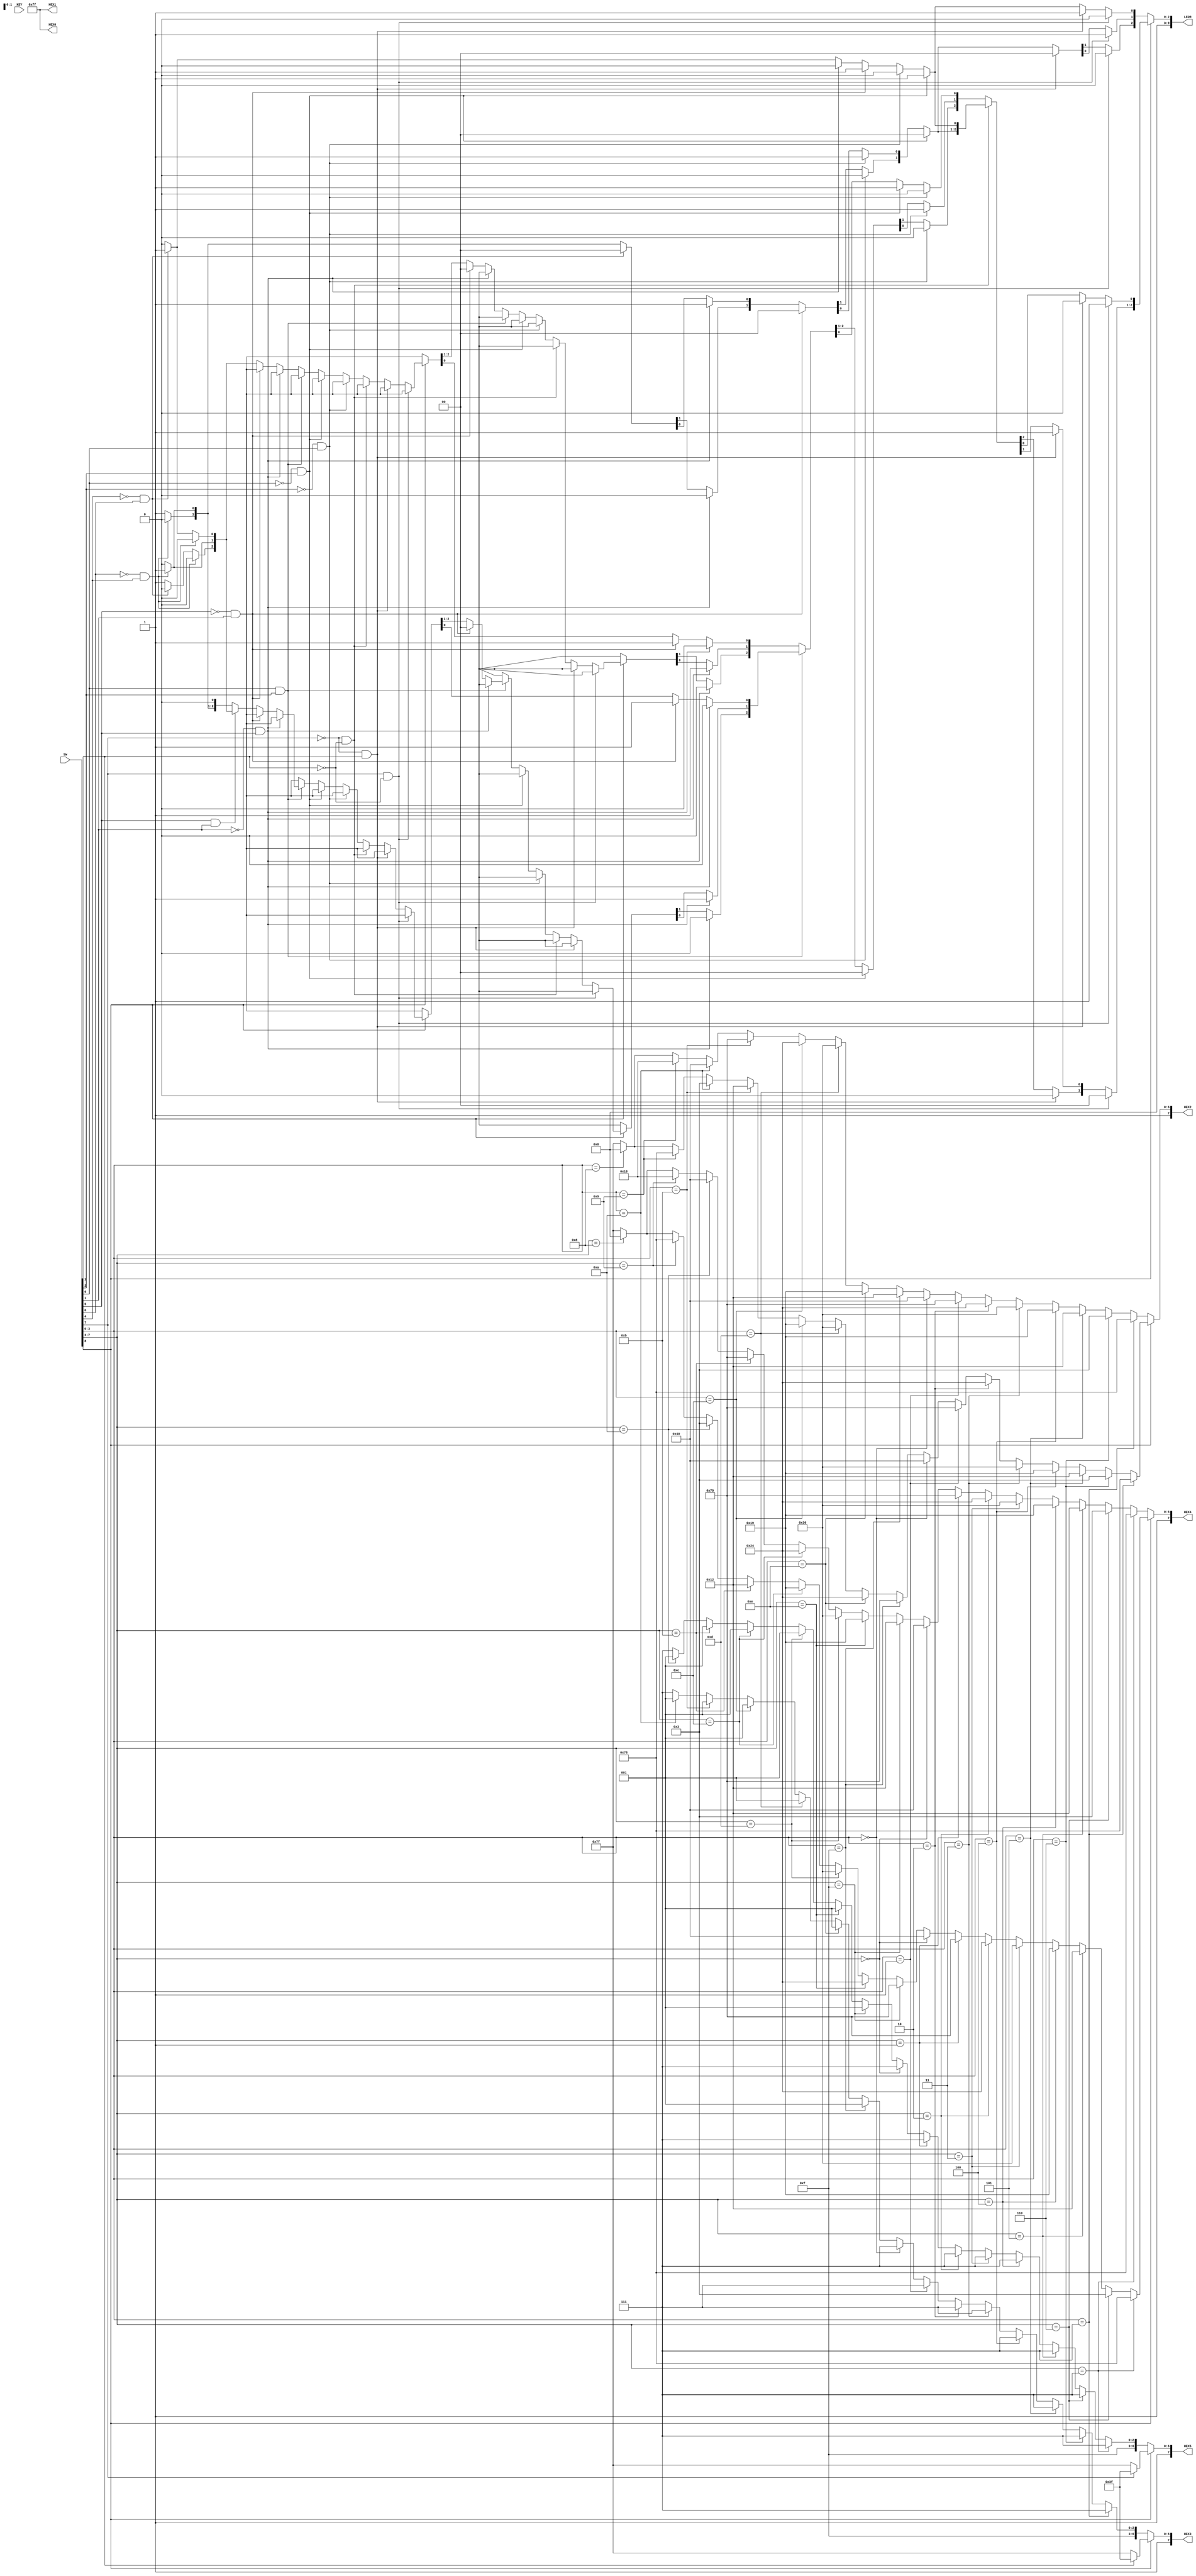
module lab1_3(SW, LEDR, KEY, HEX0, HEX1, HEX2, HEX3, HEX4, HEX5);

    input [9:0] SW;
    input [1:0] KEY;
    output reg [7:0] HEX0, HEX1, HEX2, HEX3, HEX4, HEX5;
    output reg [9:0] LEDR;

    always @(SW) begin

        LEDR[9:0] = 1'b0; // turns off all LEDs
        HEX0 <= 8'b11111111; // OFF turns off HEX0 and 1
        HEX1 <= 8'b11111111; // OFF   
        
        if(~SW[8]) begin //comparing unsigned values in here
                
                HEX5 <= 8'b11111111; // OFF All numbers positive
                HEX3 <= 8'b11111111; // OFF

                // Controls HEX4
                if(SW[7:4] == 4'b0111) // input 7
                    HEX4 <= 8'b11111000; // 7
                else if(SW[7:4] == 4'b0110) // input 6
                    HEX4 <= 8'b10000011; // 6
                else if(SW[7:4] == 4'b0101) // input 5
                    HEX4 <= 8'b10010010; // 5
                else if(SW[7:4] == 4'b0100) // input 4
                    HEX4 <= 8'b10011001; // 4
                else if(SW[7:4] == 4'b0011) // input 3
                    HEX4 <= 8'b10110000; // 3
                else if(SW[7:4] == 4'b0010) // input 2
                    HEX4 <= 8'b10100100; // 2
                else if(SW[7:4] == 4'b0001) // input 1
                    HEX4 <= 8'b11111001; // 1
                else if(SW[7:4] == 4'b0000) // input 0
                    HEX4 <= 8'b11000000; // 0
                else if(SW[7:4] == 4'b1111) begin // input 15
                    HEX5 <= 8'b11111001; // 1
                    HEX4 <= 8'b10010010; // 5
                end
                else if(SW[7:4] == 4'b1110) begin// input 14
                    HEX5 <= 8'b11111001; // 1
                    HEX4 <= 8'b10011001; // 4
                end
                else if(SW[7:4] == 4'b1101) begin // input 13
                    HEX5 <= 8'b11111001; // 1
                    HEX4 <= 8'b10110000; // 3
                end
                else if(SW[7:4] == 4'b1100) begin // input 12
                    HEX5 <= 8'b11111001; // 1
                    HEX4 <= 8'b10100100; // 2
                end
                else if(SW[7:4] == 4'b1011) begin // input 11
                    HEX5 <= 8'b11111001; // 1
                    HEX4 <= 8'b11111001; // 1
                end
                else if(SW[7:4] == 4'b1010) begin // input 10
                    HEX5 <= 8'b11111001; // 1
                    HEX4 <= 8'b11000000; // 0
                end
                else if(SW[7:4] == 4'b1001) // input 9
                    HEX4 <= 8'b10011000; // 9
                else if(SW[7:4] == 4'b1000) // input 8
                    HEX4 <= 8'b10000000; // 8
                else
                    HEX4 <= 8'b11111111; // OFF
                    
                // Controls 2
                if(SW[3:0] == 4'b0111) // input 7
                    HEX2 <= 8'b11111000; // 7
                else if(SW[3:0] == 4'b0110) // input 6
                    HEX2 <= 8'b10000011; // 6
                else if(SW[3:0] == 4'b0101) // input 5
                    HEX2 <= 8'b10010010; // 5
                else if(SW[3:0] == 4'b0100) // input 4
                    HEX2 <= 8'b10011001; // 4
                else if(SW[3:0] == 4'b0011) // input 3
                    HEX2 <= 8'b10110000; // 3
                else if(SW[3:0] == 4'b0010) // input 2
                    HEX2 <= 8'b10100100; // 2
                else if(SW[3:0] == 4'b0001) // input 1
                    HEX2 <= 8'b11111001; // 1
                else if(SW[3:0] == 4'b0000) // input 0
                    HEX2 <= 8'b11000000; // 0
                else if(SW[3:0] == 4'b1111) begin // input 15
                    HEX3 <= 8'b11111001; // 1
                    HEX2 <= 8'b10010010; // 5
                end
                else if(SW[3:0] == 4'b1110) begin// input 14
                    HEX3 <= 8'b11111001; // 1
                    HEX2 <= 8'b10011001; // 4
                end
                else if(SW[3:0] == 4'b1101) begin // input 13
                    HEX3 <= 8'b11111001; // 1
                    HEX2 <= 8'b10110000; // 3
                end
                else if(SW[3:0] == 4'b1100) begin // input 12
                    HEX3 <= 8'b11111001; // 1
                    HEX2 <= 8'b10100100; // 2
                end
                else if(SW[3:0] == 4'b1011) begin // input 11
                    HEX3 <= 8'b11111001; // 1
                    HEX2 <= 8'b11111001; // 1
                end
                else if(SW[3:0] == 4'b1010) begin // input 10
                    HEX3 <= 8'b11111001; // 1
                    HEX2 <= 8'b11000000; // 0
                end
                else if(SW[3:0] == 4'b1001) // input 9
                    HEX2 <= 8'b10011000; // 9
                else if(SW[3:0] == 4'b1000) // input 8
                    HEX2 <= 8'b10000000; // 8
                else
                    HEX2 <= 8'b11111111; // OFFF    

                if(SW[7] & ~SW[3]) // sw7 = 1 and sw3 = 0   input 1 > input 2
                    LEDR[1] = 1'b1;
                else if(~SW[7] & SW[3]) // sw7 = 0 and sw3 = 1  input 2 > input 1
                    LEDR[0] = 1'b1; 
                else if(~SW[6] & SW[2]) // sw6 = 0 and sw2 = 1   input 2 > input 1
                    LEDR[0] = 1'b1;
                else if(~SW[2] & SW[6]) // sw2 = 0 and sw6 = 1   input 1 > input 2
                    LEDR[1] = 1'b1;
                else if(~SW[5] & SW[1]) // sw5 = 0 and sw1 = 1   input 2 > input 1
                    LEDR[0] = 1'b1; 
                else if(~SW[1] & SW[5]) // sw1 = 0 and sw5 = 1    input 1 > input 2
                    LEDR[1] = 1'b1;
                else if(~SW[4] & SW[0]) // sw4 = 0 and sw0 = 1   input 2 > input 1
                    LEDR[0] = 1'b1; 
                else if(~SW[0] & SW[4]) // sw0 = 0 and sw4 = 1    input 1 > input 2
                    LEDR[1] = 1'b1;
                else // the two are equal
                    LEDR[2] = 1'b1;
            end
            else begin //comparing signed values in here
                if(SW[7])
                    HEX5 <= 8'b10111111; // - symbol
                else
                    HEX5 <= 8'b11111111; // OFF

                if(SW[3])
                    HEX3 <= 8'b10111111; // - symbol
                else
                    HEX3 <= 8'b11111111; // OFF

                // Controls HEX4
                if(SW[7:4] == 4'b0111) // input 7
                    HEX4 <= 8'b11111000; // 7
                else if(SW[7:4] == 4'b0110) // input 6
                    HEX4 <= 8'b10000011; // 6
                else if(SW[7:4] == 4'b0101) // input 5
                    HEX4 <= 8'b10010010; // 5
                else if(SW[7:4] == 4'b0100) // input 4
                    HEX4 <= 8'b10011001; // 4
                else if(SW[7:4] == 4'b0011) // input 3
                    HEX4 <= 8'b10110000; // 3
                else if(SW[7:4] == 4'b0010) // input 2
                    HEX4 <= 8'b10100100; // 2
                else if(SW[7:4] == 4'b0001) // input 1
                    HEX4 <= 8'b11111001; // 1
                else if(SW[7:4] == 4'b0000) // input 0
                    HEX4 <= 8'b11000000; // 0
                else if(SW[7:4] == 4'b1111) // input -1
                    HEX4 <= 8'b11111001; // 1
                else if(SW[7:4] == 4'b1110) // input -2
                    HEX4 <= 8'b10100100; // 2
                else if(SW[7:4] == 4'b1101) // input -3
                    HEX4 <= 8'b10110000; // 3
                else if(SW[7:4] == 4'b1100) // input -4
                    HEX4 <= 8'b10011001; // 4
                else if(SW[7:4] == 4'b1011) // input -5
                    HEX4 <= 8'b10010010; // 5
                else if(SW[7:4] == 4'b1010) // input -6
                    HEX4 <= 8'b10000011; // 6
                else if(SW[7:4] == 4'b1001) // input -7
                    HEX4 <= 8'b11111000; // 7
                else if(SW[7:4] == 4'b1000) // input -8
                    HEX4 <= 8'b10000000; // 8
                else
                    HEX4 <= 8'b11111111; // OFF
                    
                // Controls HEX2
                if(SW[3:0] == 4'b0111) // input 7
                    HEX2 <= 8'b11111000; // 7
                else if(SW[3:0] == 4'b0110) // input 6
                    HEX2 <= 8'b10000011; // 6
                else if(SW[3:0] == 4'b0101) // input 5
                    HEX2 <= 8'b10010010; // 5
                else if(SW[3:0] == 4'b0100) // input 4
                    HEX2 <= 8'b10011001; // 4
                else if(SW[3:0] == 4'b0011) // input 3
                    HEX2 <= 8'b10110000; // 3
                else if(SW[3:0] == 4'b0010) // input 2
                    HEX2 <= 8'b10100100; // 2
                else if(SW[3:0] == 4'b0001) // input 1
                    HEX2 <= 8'b11111001; // 1
                else if(SW[3:0] == 4'b0000) // input 0
                    HEX2 <= 8'b11000000; // 0
                else if(SW[3:0] == 4'b1111) // input -1
                    HEX2 <= 8'b11111001; // 1
                else if(SW[3:0] == 4'b1110) // input -2
                    HEX2 <= 8'b10100100; // 2
                else if(SW[3:0] == 4'b1101) // input -3
                    HEX2 <= 8'b10110000; // 3
                else if(SW[3:0] == 4'b1100) // input -4
                    HEX2 <= 8'b10011001; // 4
                else if(SW[3:0] == 4'b1011) // input -5
                    HEX2 <= 8'b10010010; // 5
                else if(SW[3:0] == 4'b1010) // input -6
                    HEX2 <= 8'b10000011; // 6
                else if(SW[3:0] == 4'b1001) // input -7
                    HEX2 <= 8'b11111000; // 7
                else if(SW[3:0] == 4'b1000) // input -8
                    HEX2 <= 8'b10000000; // 8
                else
                    HEX2 <= 8'b11111111; // OFF   

                if(SW[7] & ~SW[3]) // negative input 1, positive input 2
                    LEDR[0] = 1'b1; // input 2 > input 1
                else if(~SW[7] & SW[3]) // pos input 1, neg input 2
                    LEDR[1] = 1'b1;
                else if(~SW[7] & ~SW[3]) begin // both positive inputs
                    if(~SW[6] & SW[2]) // sw6 = 0 and sw2 = 1   input 2 > input 1
                        LEDR[0] = 1'b1;
                    else if(~SW[2] & SW[6]) // sw2 = 0 and sw6 = 1   input 1 > input 2
                        LEDR[1] = 1'b1;
                    else if(~SW[5] & SW[1]) // sw5 = 0 and sw1 = 1   input 2 > input 1
                        LEDR[0] = 1'b1; 
                    else if(~SW[1] & SW[5]) // sw1 = 0 and sw5 = 1    input 1 > input 2
                        LEDR[1] = 1'b1;
                    else if(~SW[4] & SW[0]) // sw4 = 0 and sw0 = 1   input 2 > input 1
                        LEDR[0] = 1'b1; 
                    else if(~SW[0] & SW[4]) // sw0 = 0 and sw4 = 1    input 1 > input 2
                        LEDR[1] = 1'b1;
                    else // the two are equal
                        LEDR[2] = 1'b1;
                end
                else begin // both negative inputs
                    if(SW[6] & ~SW[2]) // sw6 = 1 and sw2 = 0    input 1 > input 2
                        LEDR[1] = 1'b1;
                    else if(~SW[6] & SW[2]) // sw6 = 0 and sw2 = 1    input 2 > input 1
                        LEDR[0] = 1'b1;
                    else if(SW[6] & SW[2]) begin // sw6 = 1 and sw2 = 1 need to check next bit b
                        if(SW[5] & ~SW[1]) // sw5 = 1 and sw2 = 0       input 1 > input 2
                            LEDR[1] = 1'b1;
                        else if(~SW[5] & SW[1]) // sw5 = 0 and sw2 = 1      input 2 > input 1
                            LEDR[0] = 1'b1;
                        else if(SW[5] & SW[1]) begin // sw5 = 1 and sw2 = 1 need to check next bit
                            if(SW[4] & ~SW[0]) // sw4 = 1 and sw0 = 0       input 1 > input 2
                                LEDR[1] = 1'b1;
                            else if(~SW[4] & SW[0])// sw4 = 0 and sw0 = 1      input 2 > input 1
                                LEDR[0] = 1'b1;
                            else // the two are equal
                                LEDR[2] = 1'b1;
                        end
                        else begin // sw5 = 0 and sw2 = 0 need to check next bit
                            if(SW[4] & ~SW[0]) // sw4 = 1 and sw0 = 0       input 1 > input2
                                LEDR[1] = 1'b1;
                            else if(~SW[0] & SW[4])// sw4 = 0 and sw0 = 1
                                LEDR[0] = 1'b1;
                            else // the two are equal
                                LEDR[2] = 1'b1;
                        end
                    end
                    else begin //sw6 = 0 and sw2 = 0 need to check next bit
                        if(SW[5] & ~SW[1]) // sw5 = 1 and sw1 = 0       input 1 > input 2
                            LEDR[1] = 1'b1;
                        else if(~SW[5] & SW[1]) // sw5 = 0 and sw1 = 1      input 2 > input 1
                            LEDR[0] = 1'b1;
                        else if(SW[5] & SW[1]) begin // sw5 = 1 and sw1 = 1 need to check last bit
                            if(SW[4] & ~SW[0]) // sw4 = 1 and sw0 = 0   input 1 > input 2
                                LEDR[1] = 1'b1;
                            else if(~SW[4] & SW[0]) // sw4 = 0 and sw0 = 1      input 2 > input 1
                                LEDR[0] = 1'b1;
                            else // the two are equal
                                LEDR[2] = 1'b1;
                        end
                        else begin // sw5 = 0 and sw6 = 0 need to check last bit
                            if(SW[4] & ~SW[0]) // sw4 = 1 and sw0 = 0   input 1 > input 2
                                LEDR[1] = 1'b1;
                            else if(~SW[4] & SW[0]) // sw4 = 0 and sw0 = 1      input 2 > input 1
                                LEDR[0] = 1'b1;
                            else // sw4 = 0 and sw0 = 0
                                LEDR[2] = 1'b1;
                        end
                    end
                end
            end
    end

endmodule